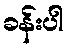
ခန်းပါ